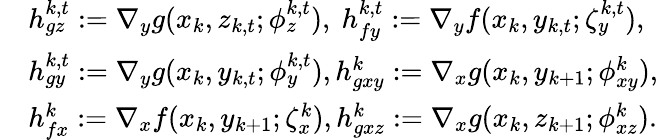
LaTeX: \begin{array}{rl}&{h_{gz}^{k,t}:=\nabla_{y}g(x_{k},z_{k,t};\phi_{z}^{k,t}),\ h_{fy}^{k,t}:=\nabla_{y}f(x_{k},y_{k,t};\zeta_{y}^{k,t}),}\\ &{h_{gy}^{k,t}:=\nabla_{y}g(x_{k},y_{k,t};\phi_{y}^{k,t}),h_{gxy}^{k}:=\nabla_{x}g(x_{k},y_{k+1};\phi_{xy}^{k}),}\\ &{h_{fx}^{k}:=\nabla_{x}f(x_{k},y_{k+1};\zeta_{x}^{k}),h_{gxz}^{k}:=\nabla_{x}g(x_{k},z_{k+1};\phi_{xz}^{k}).}\end{array}